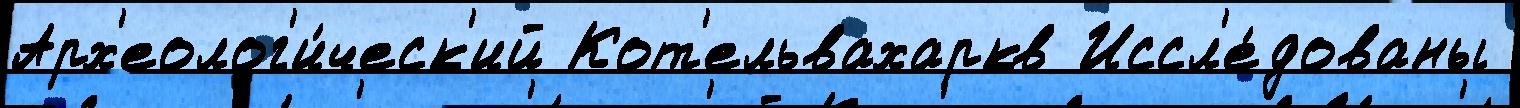
Арх'еолог'и́ческ'ий Кот'ельвахаркв Иссл'е́дованы